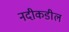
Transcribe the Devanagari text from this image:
नदीकडील